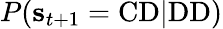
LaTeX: P(\mathbf{s}_{t+1}=\mathrm{CD}|\mathrm{DD})